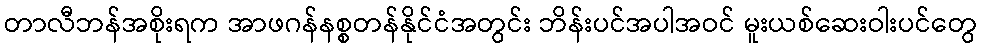
တာလီဘန်အစိုးရက အာဖဂန်နစ္စတန်နိုင်ငံအတွင်း ဘိန်းပင်အပါအဝင် မူးယစ်ဆေးဝါးပင်တွေ